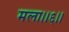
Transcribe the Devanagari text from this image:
मला।।६।।